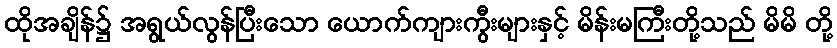
ထိုအချိန်၌ အရွယ်လွန်ပြီးသော ယောက်ကျားကွီးများနှင့် မိန်းမကြီးတို့သည် မိမိ တို့